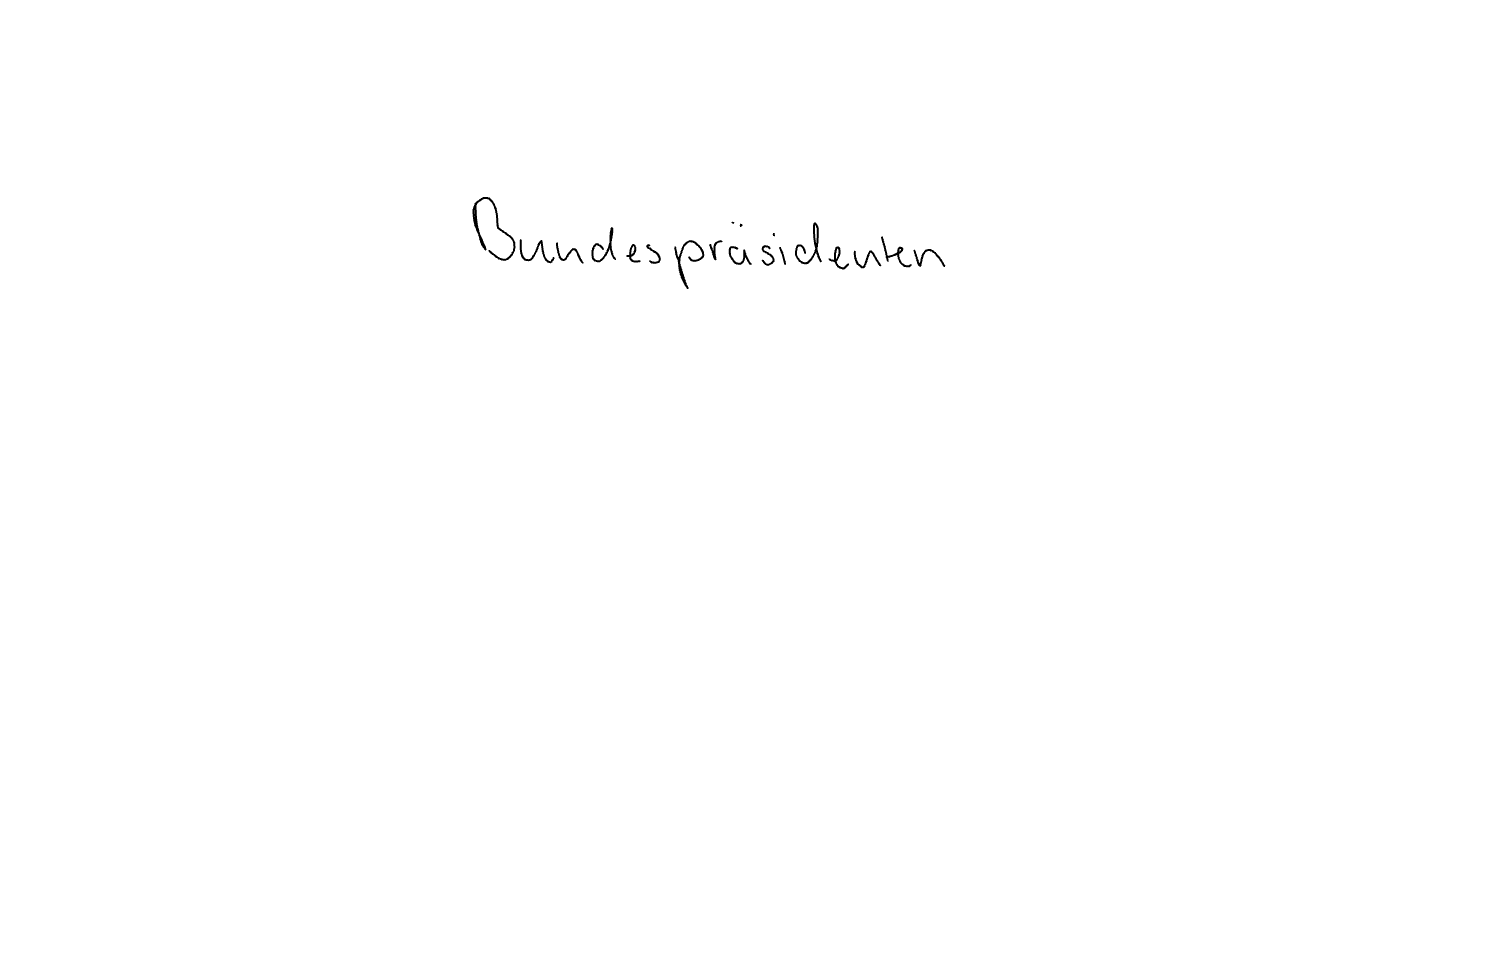
Text: Bundespräsidenten